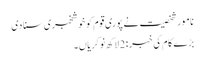
نامور شخصیت نے پوری قوم کو خوشخبری سنا دی
بڑے کام کی خبر : 2 لاکھ نوکریاں ۔